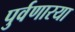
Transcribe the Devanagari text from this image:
पुर्वणारया